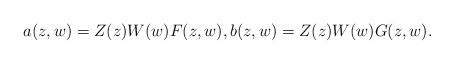
LaTeX: \begin{align*}a(z,w)=Z(z)W(w)F(z,w),b(z,w)=Z(z)W(w)G(z,w).\end{align*}